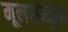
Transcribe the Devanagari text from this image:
मूलसंस्कृत